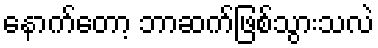
နောက်တော့ ဘာဆက်ဖြစ်သွားသလဲ